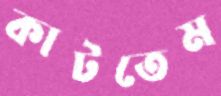
কাটতেম